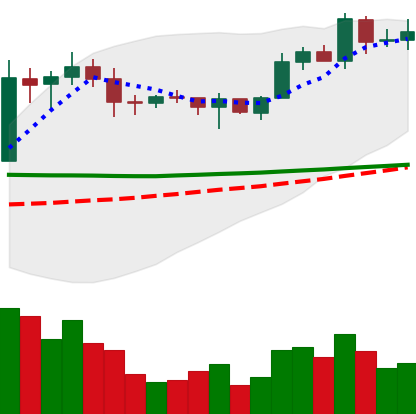
Ticker: EOS-USD
Chart end date: 2020-02-02
Forward return: 8.973%
Label: up_7plus